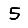
Digit: 5